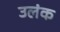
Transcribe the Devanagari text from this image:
उलंक